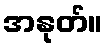
အနုတ်။